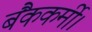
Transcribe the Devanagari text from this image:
बैंककर्मी।